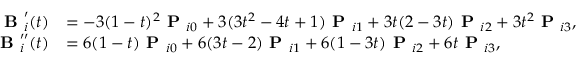
\begin{array} { r l } { \textbf { B } _ { i } ^ { \prime } ( t ) } & { = - 3 ( 1 - t ) ^ { 2 } \textbf { P } _ { i 0 } + 3 ( 3 t ^ { 2 } - 4 t + 1 ) \textbf { P } _ { i 1 } + 3 t ( 2 - 3 t ) \textbf { P } _ { i 2 } + 3 t ^ { 2 } \textbf { P } _ { i 3 } , } \\ { \textbf { B } _ { i } ^ { \prime \prime } ( t ) } & { = 6 ( 1 - t ) \textbf { P } _ { i 0 } + 6 ( 3 t - 2 ) \textbf { P } _ { i 1 } + 6 ( 1 - 3 t ) \textbf { P } _ { i 2 } + 6 t \textbf { P } _ { i 3 } , } \end{array}